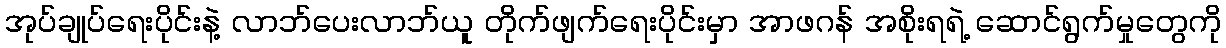
အုပ်ချုပ်ရေးပိုင်းနဲ့ လာဘ်ပေးလာဘ်ယူ တိုက်ဖျက်ရေးပိုင်းမှာ အာဖဂန် အစိုးရရဲ့ ဆောင်ရွက်မှုတွေကို